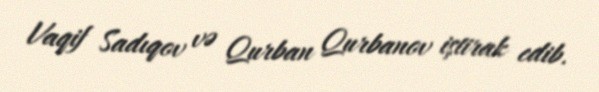
Vaqif Sadıqov və Qurban Qurbanov iştirak edib.